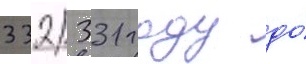
332/ 331 году до́